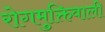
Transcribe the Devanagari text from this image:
रोगमुक्तिवाली